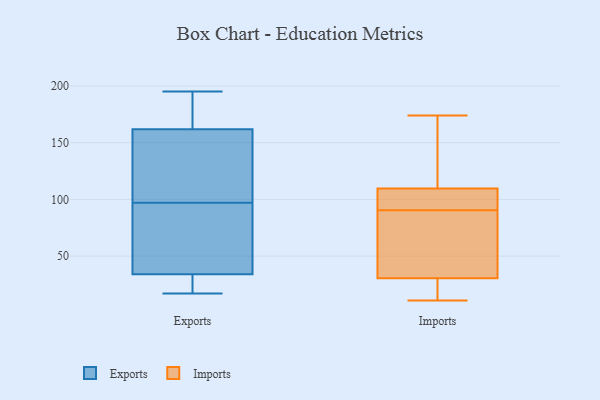
{"axis": {"x": "Demand Index", "y": "Value"}, "legend": ["Exports", "Imports"], "data": [{"x": "", "y": 170, "type": "Exports"}, {"x": "", "y": 22, "type": "Exports"}, {"x": "", "y": 132, "type": "Exports"}, {"x": "", "y": 97, "type": "Exports"}, {"x": "", "y": 17, "type": "Exports"}, {"x": "", "y": 175, "type": "Exports"}, {"x": "", "y": 142, "type": "Exports"}, {"x": "", "y": 19, "type": "Exports"}, {"x": "", "y": 47, "type": "Exports"}, {"x": "", "y": 191, "type": "Exports"}, {"x": "", "y": 25, "type": "Exports"}, {"x": "", "y": 84, "type": "Exports"}, {"x": "", "y": 195, "type": "Exports"}, {"x": "", "y": 37, "type": "Exports"}, {"x": "", "y": 76, "type": "Exports"}, {"x": "", "y": 151, "type": "Exports"}, {"x": "", "y": 159, "type": "Exports"}, {"x": "", "y": 33, "type": "Imports"}, {"x": "", "y": 11, "type": "Imports"}, {"x": "", "y": 51, "type": "Imports"}, {"x": "", "y": 102, "type": "Imports"}, {"x": "", "y": 97, "type": "Imports"}, {"x": "", "y": 111, "type": "Imports"}, {"x": "", "y": 174, "type": "Imports"}, {"x": "", "y": 84, "type": "Imports"}, {"x": "", "y": 83, "type": "Imports"}, {"x": "", "y": 28, "type": "Imports"}, {"x": "", "y": 109, "type": "Imports"}, {"x": "", "y": 128, "type": "Imports"}, {"x": "", "y": 105, "type": "Imports"}, {"x": "", "y": 19, "type": "Imports"}, {"x": "", "y": 110, "type": "Imports"}, {"x": "", "y": 27, "type": "Imports"}]}